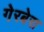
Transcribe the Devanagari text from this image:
गेरबेरा